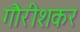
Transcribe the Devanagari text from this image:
गौरीशकर